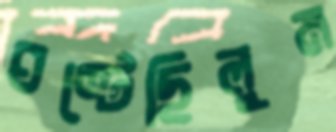
ঘষ্‌টেছিলুম